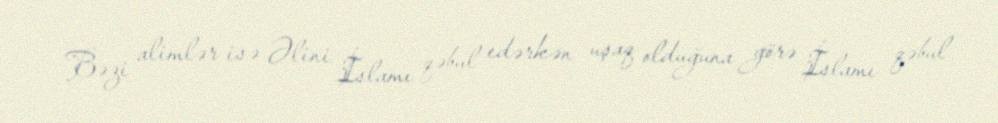
Bəzi alimlər isə Əlini İslamı qəbul edərkən uşaq olduğuna görə İslamı qəbul